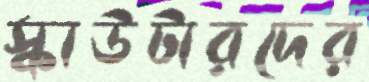
স্কাউটারদের